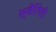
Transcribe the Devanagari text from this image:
स्वैरिणी